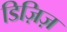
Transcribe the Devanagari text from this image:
डिज़िज़